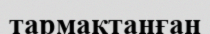
тармақтанған